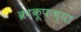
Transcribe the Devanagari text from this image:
क्राकूफच्या